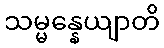
သမ္မန္နေယျာတိ